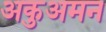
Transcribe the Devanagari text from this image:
अकुअमन